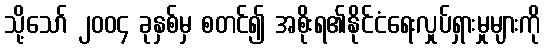
သို့သော် ၂၀၀၄ ခုနှစ်မှ စတင်၍ အစိုးရ၏နိုင်ငံရေးလှုပ်ရှားမှုများကို